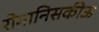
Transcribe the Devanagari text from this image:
रोमानिसकीऊ